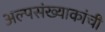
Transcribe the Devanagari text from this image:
अल्पसंख्याकांची